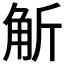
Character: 𧣊